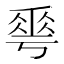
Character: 𠌶